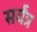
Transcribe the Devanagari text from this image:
सर्वंत्र